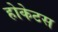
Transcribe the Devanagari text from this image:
होकेटस